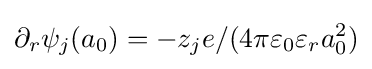
\partial _{r}\psi _{j}(a_{0})=-z_{j}e/(4\pi \varepsilon _{0}\varepsilon _{r}a_{0}^{2})